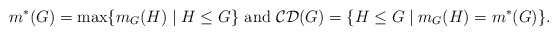
\begin{align*}m^*(G)={\rm max}\{m_G(H)\mid H\leq G\} \mbox{ and } {\cal CD}(G)=\{H\leq G\mid m_G(H)=m^*(G)\}.\end{align*}